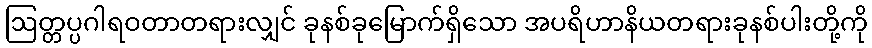
ဩတ္တပ္ပဂါရဝတာတရားလျှင် ခုနစ်ခုမြောက်ရှိသော အပရိဟာနိယတရားခုနစ်ပါးတို့ကို